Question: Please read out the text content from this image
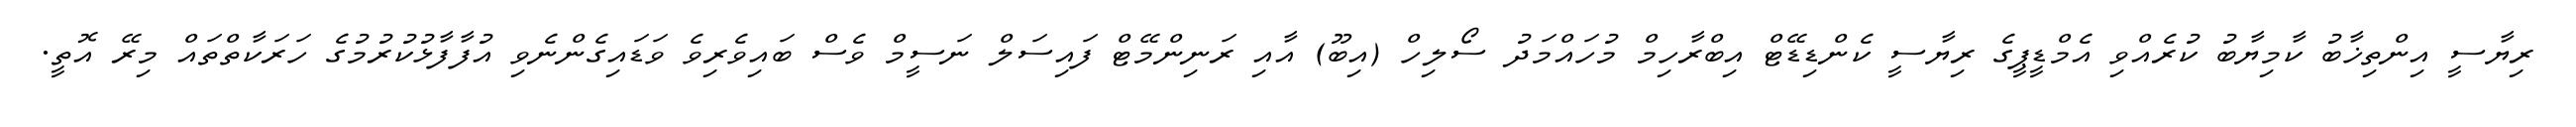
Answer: ރިޔާސީ އިންތިޚާބު ކާމިޔާބު ކުރެއްވި އެމްޑީޕީގެ ރިޔާސީ ކެންޑިޑޭޓް އިބްރާހިމް މުހައްމަދު ސޯލިހް (އިބޫ) އާއި ރަނިންމޭޓް ފައިސަލް ނަސީމް ވެސް ބައިވެރިވެ ވަޑައިގެންނެވި އުފާފާޅުކުރުމުގެ ހަރަކާތްތައް މިރޭ އޮތީ.